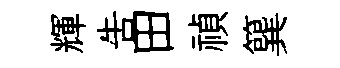
輝吿田禎簨